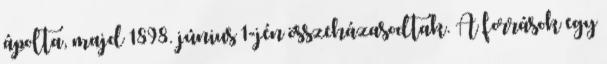
ápolta, majd 1898. június 1-jén összeházasodtak. A források egy